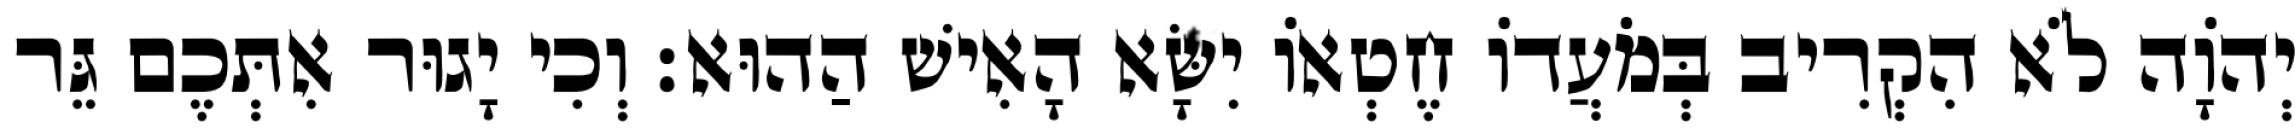
יְהֹוָה לֹא הִקְרִיב בְּמֹעֲדוֹ חֶטְאוֹ יִשָּׂא הָאִישׁ הַהוּא׃ וְכִי יָגוּר אִתְּכֶם גֵּר